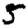
Digit: 5